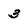
Character: 3